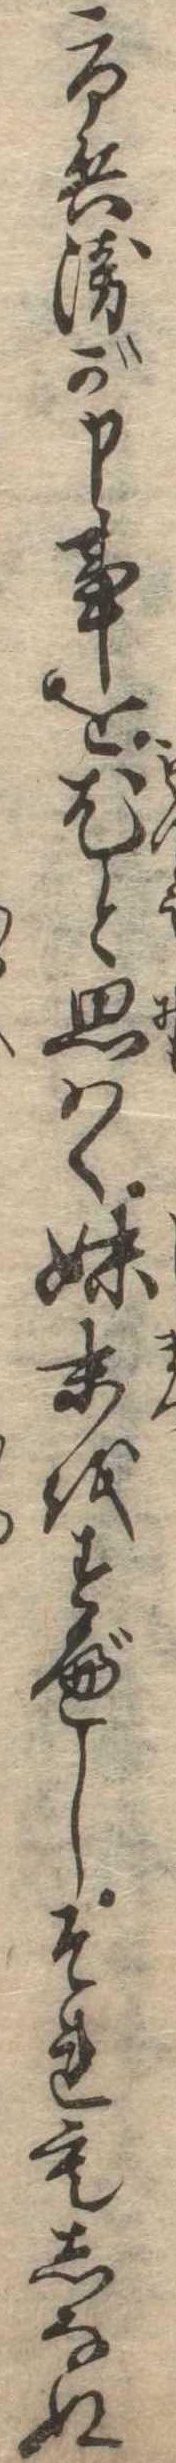
市兵衛が申事を尤と思はゞ始末をすべしそれもしなぬ